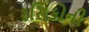
રસિકોની